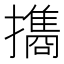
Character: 㩦